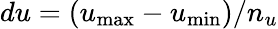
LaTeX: du=(u_{\operatorname*{max}}-u_{\operatorname*{min}})/n_{u}